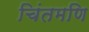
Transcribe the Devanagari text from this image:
चिंतमणि